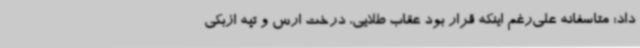
داد: متاسفانه علی‌رغم اینکه قرار بود عقاب طلایی، درخت ارس و تپه ازبکی